Scientific memoirs by medical officers of the Army of India - Part VI,
Year: 1891
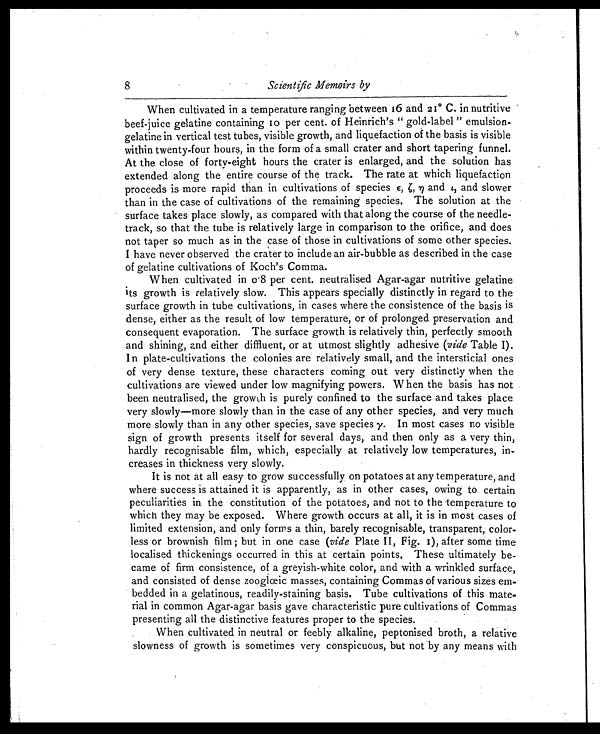
8
Scientific Memoirs by
When cultivated in a temperature ranging between 16 and 21º C. in nutritive
beef-juice gelatine containing 10 per cent. of Heinrich's "gold-label" emulsion-
gelatine in vertical test tubes, visible growth, , and liquefaction of the basis is visible
within twenty-four hours, in the form of a small crater and short tapering funnel.
At the close of forty-eight hours the crater is enlarged, and the solution has
extended along the entire course of the track. The rate at which liquefaction
proceeds is more rapid than in cultivations of species, є, ζ, η and -ı, and slower
than in the case of cultivations of the remaining species. The solution at the
surface takes place slowly, as compared with that along the course of the needle-
track, so that the tube is relatively large in comparison to the orifice, and does
not taper so much as in the case of those in cultivations of some other species.
I have never observed the crater to include an air-bubble as described in the case
of gelatine cultivations of Koch's Comma.
When cultivated in 0.8 p e r c e n t . n e u t r a l i s e d A g a r - a g a r n u t r i t i v e g e l a t i n e
its growth is relatively slow. This appears specially distinctly in regard to the
surface growth in tube cultivations, in cases where the consistence of the basis is
dense, either as the result of low temperature, or of prolonged preservation and
consequent evaporation. The surface growth is relatively thin, perfectly smooth
and shining, and either diffluent, or at utmost slightly adhesive (vide Table I).
In plate-cultivations the colonies are relatively small, and the intersticial ones
of very dense texture, these characters coming out very distinctly when the
cultivations are viewed under low magnifying powers. When the basis has not
been neutralised, the growth is purely confined to the surface and takes place
very slowly—more slowly than in the case of any other species, and very much
more slowly than in any other species, save species y. In most cases no visible
sign of growth presents itself for several days, and then only as a very thin,
hardly recognisable film, which, especially at relatively low temperatures, in-
creases in thickness very slowly.
It is not at all easy to grow successfully on potatoes at any temperature, and
where success is attained it is apparently, as in other cases, owing to certain
peculiarities in the constitution of the potatoes, and not to the temperature to
which they may be exposed. Where growth occurs at all, it is in most cases of
limited extension, and only forms a thin, barely recognisable, transparent, color-
less or brownish film; but in one case (vide Plate II, Fig. I), after some time
localised thickenings occurred in this at certain points. These ultimately be-
came of firm consistence, of a greyish-white color, and with a wrinkled surface,
and consisted of dense zoogloeic masses, containing Commas of various sizes em-
bedded in a gelatinous, readily-staining basis. Tube cultivations of this mate-
rial in common Agar-agar basis gave characteristic pure cultivations of Commas
presenting all the distinctive features proper to the species.
When cultivated in neutral or teebly alkaline, peptonised broth, a relative
slowness of growth is sometimes very conspicuous, but not by any means with